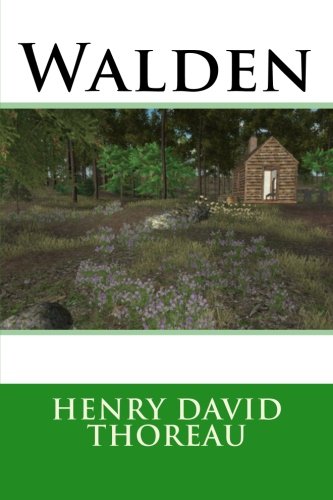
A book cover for Walden; Henry David Thoreau; Biographies & Memoirs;